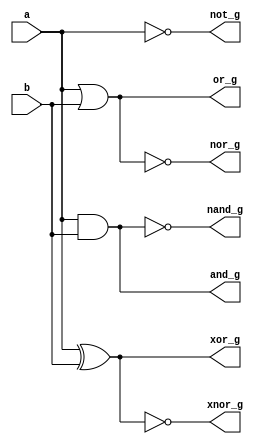
`timescale 1ns / 1ps

module logic_gates(
    input a, b,
    output and_g,
    output or_g,
    output not_g,
    output nand_g,
    output nor_g,
    output xor_g,
    output xnor_g
    );
    assign and_g = a&b;
    assign or_g = a|b;
    assign not_g = ~a;
    assign nand_g = ~(a&b);
    assign nor_g = ~(a|b);
    assign xor_g = a^b;
    assign xnor_g = ~(a^b);
endmodule